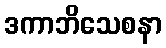
ဒကာဘိသေစနာ